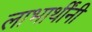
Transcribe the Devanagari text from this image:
लाभार्थींनी